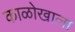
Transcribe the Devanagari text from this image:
काळोखाला